Sketch of the medical history of the native army of Bombay, for the year
Year: 1876
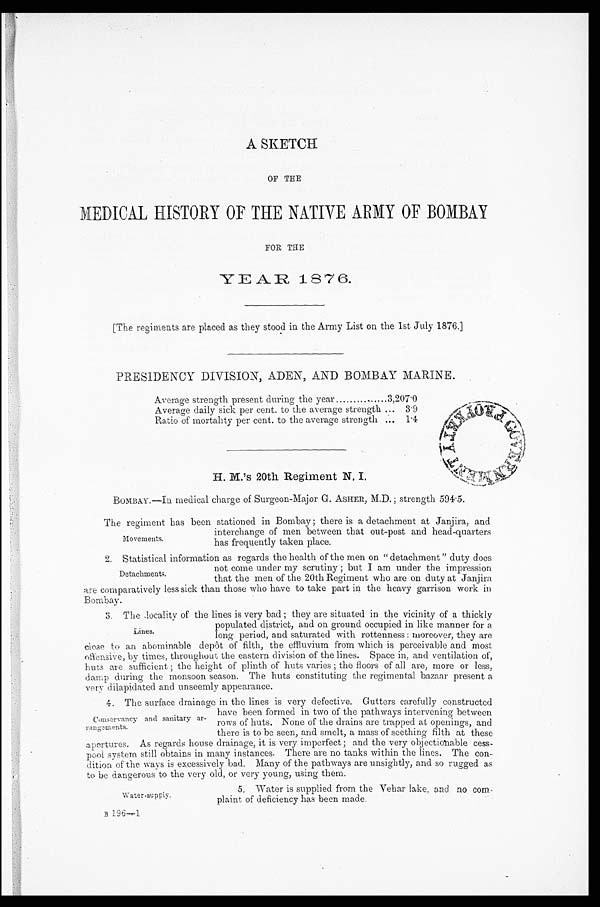
Average strength present during the year . . .
3,207.0
Average daily sick per cent. to the average strength . . .
3.9
Ratio of mortality per cent. to the average strength . . .
1.4
H. M.'s 20th Regiment N. I.
Water-supply.
B 196—1
A SKETCH
OF THE
MEDICAL HISTORY OF THE NATIVE AMY OF BOMBAY
FOR THE
YEAR 1876.
[The regiments are placed as they stood in the Army List on the 1st July 1876.]
PRESIDENCY DIVISION, ADEN, AND BOMBAY MARINE.
BOMBAY.—In medical charge of Surgeon-Major G. ASHER, M.D. ; strength 594.5.
The regiment has been stationed in Bombay; there is a detachment at Janjira, and
interchange of men between that out-post and head-quarters
has frequently taken place.
2. Statistical information as regards the health of the men on "detachment" duty does
not come under my scrutiny; but I am under the impression
that the men of the 20th Regiment who are on duty at Janjira
are comparatively less sick than those who have to take part in the heavy garrison work in
Bombay.
3. The locality of the lines is very bad; they are situated in the vicinity of a thickly
populated district, and on ground occupied in like manner for a
long period, and saturated with rottenness: moreover, they are
close to an abominable depôt of filth, the effluvium from which is perceivable and most
offensive, by times, throughout the eastern division of the lines. Space in, and ventilation of,
huts are sufficient; the height of plinth of huts varies; the floors of all are, more or less,
damp during the monsoon season. The huts constituting the regimental bazaar present a
very dilapidated and unseemly appearance.
4. The surface drainage in the lines is very defective. Gutters carefully constructed
have been formed in two of the pathways intervening between
rows of huts. None of the drains are trapped at openings, and
there is to he seen, and smelt, a mass of seething filth at these
apertures. As regards house drainage, it is very imperfect; and the very objectionable cess
-pool system still obtains in many instances. There are no tanks within the lines. The con
- d i t i o n o f t h e w a y s i s e x c e s s i v e l y b a d . M a n y o f t h e p a t h w a y s a r e u n s i g h t l y , a n d s o r u g g e d a s
to be dangerous to the very old, or very young, using them.
Movements.
Detachments.
Lines.
Conservancy and sanitary a
r-rangements.
5. Water is supplied from the Vehar lake, and no co
m-plaint of deficiency has been made.